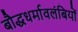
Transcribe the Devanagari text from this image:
बौद्धधर्मावलंबियों